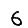
Digit: 6